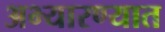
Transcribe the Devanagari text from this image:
अभ्यारण्यात